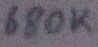
Text: 680K